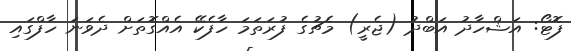
ފޮޓޯ: އަޝްހާދު އަބްދު (ޖެރީ) މެޗުގެ ފުރަތަމަ ހާފެކޭ އެއްގޮތަށް ދެވަނަ ހާފްގައި